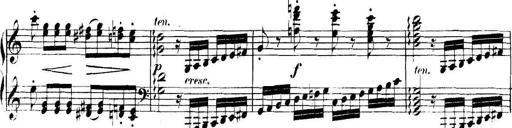
Title: Collected Piano Sonatas
Composer: Muzio Clementi